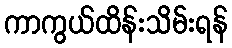
ကာကွယ်ထိန်းသိမ်းရန်